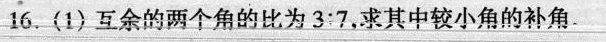
16.(1)互余的两个角的比为3:7，求其中较小角的补角。